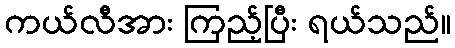
ကယ်လီအား ကြည့်ပြီး ရယ်သည်။